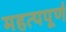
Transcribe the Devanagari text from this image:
महत्‍पपूर्ण